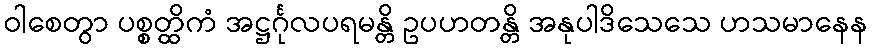
ဝါစေတွာ ပစ္စတ္ထိကံ အဋ္ဌင်္ဂုလပရမန္တိ ဥပဟတန္တိ အနုပါဒိသေသေ ဟသမာနေန